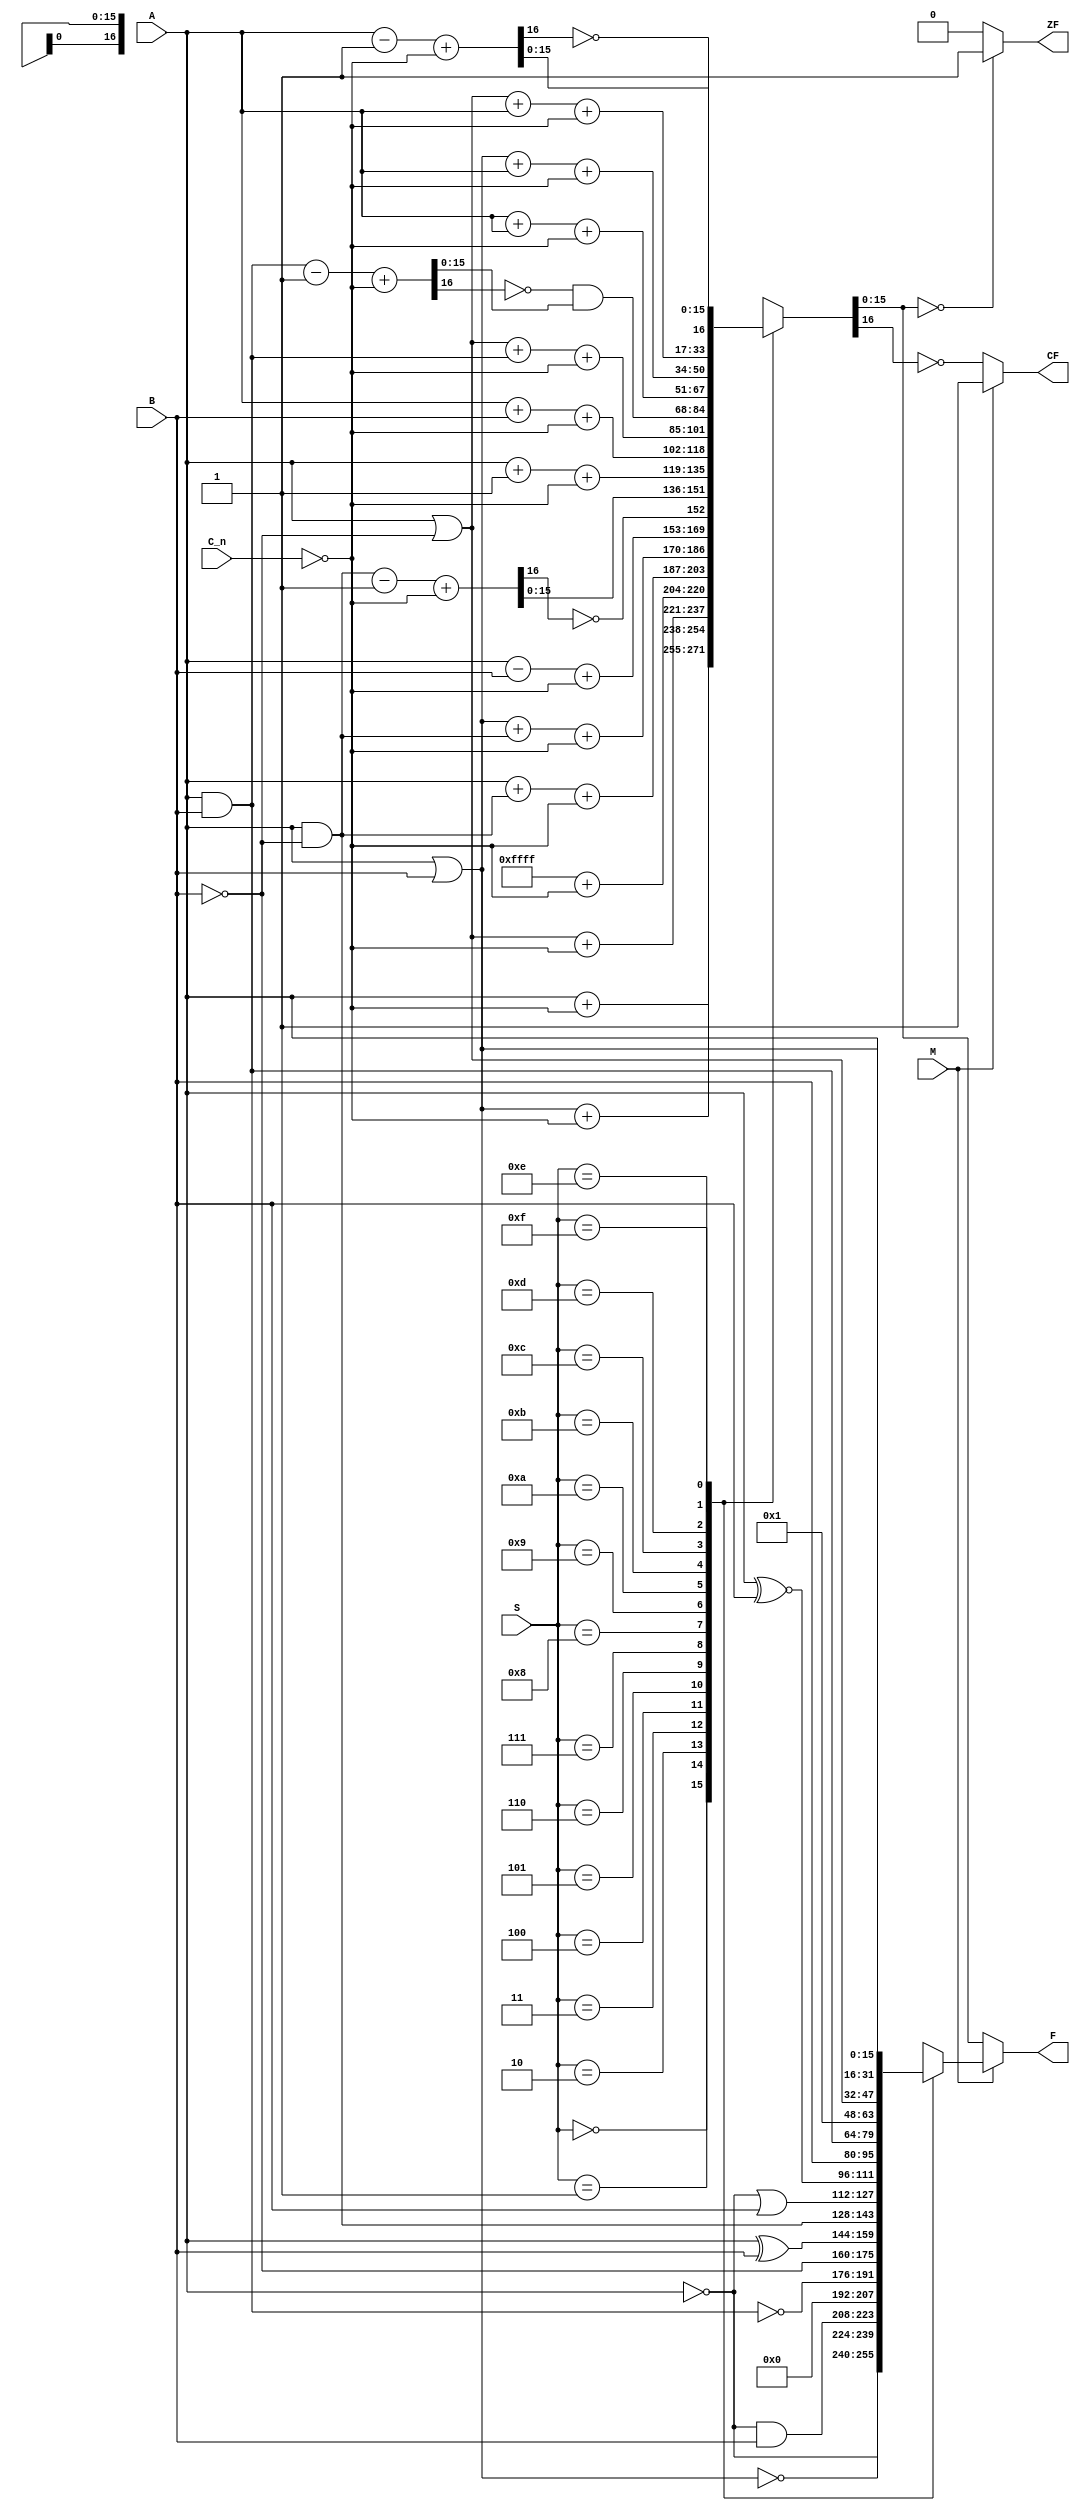
`timescale 1ns / 1ps
//////////////////////////////////////////////////////////////////////////////////
// Company: 
// Engineer: 
// 
// Design Name: 
// Module Name: alu_16bit
// Project Name: 
// Target Devices: 
// Tool Versions: 
// Description: 
// 
// Dependencies: 
// 
// Revision:
// Revision 0.01 - File Created
// Additional Comments:
// 
//////////////////////////////////////////////////////////////////////////////////


module alu_16bit(
    (*mark_debug = "true"*)input [15:0] A,
    (*mark_debug = "true"*)input [15:0] B,
    input [3:0] S,
    input M,
    input C_n,
    output [15:0] F,
    output ZF,
    output CF
    );
    
    (*mark_debug = "true"*)reg [15:0] data_o_logic;
    (*mark_debug = "true"*)reg [16:0] data_o_arith;
    reg [16:0] data_sub_tmp;
    reg [15:0] C_n_arith;
    
    assign F = (M == 1)?data_o_logic:data_o_arith[15:0];
    assign CF = (M == 0)?~data_o_arith[16]:1;
    assign ZF = (data_o_arith[15:0] == 16'b0000000000000000)?1:0;
    
    initial
    begin
    data_o_logic = 16'b0000000000000000;
    data_o_arith = 17'b00000000000000000;
    data_sub_tmp = 17'b00000000000000000;
    C_n_arith = 16'b0000000000000000;
    end
    
    
//    if(M == 1)assign F = data_o_logic;
//    else assign F = data_o_arith[15:0];
//    if(M == 0)assign CF = ~data_o_arith[16];
//    else assign CF = 1;
//    if(data_o_arith[15:0] == 16'b0000000000000000)assign ZF = 1;
//    else assign ZF = 0;
    always @(C_n)
    begin
        C_n_arith[15:1] = 15'b000000000000000;
        C_n_arith[0] = ~C_n;
    end
    
    always @ (A,B,S,M)
    begin
        case(S)
        4'b0000:data_o_logic = ~A;
        4'b0001:data_o_logic = ~(A|B);
        4'b0010:data_o_logic = (~A) & B;
        4'b0011:data_o_logic = {16{1'b0}};
        4'b0100:data_o_logic = ~(A&B);
        4'b0101:data_o_logic = ~B;
        4'b0110:data_o_logic = (A ^ B);
        4'b0111:data_o_logic = A & (~B);
        4'b1000:data_o_logic = (~A)|B;
        4'b1001:data_o_logic = (A ~^ B);
        4'b1010:data_o_logic = B;
        4'b1011:data_o_logic = A & B;
        4'b1100:data_o_logic = 16'b0000000000000001;
        4'b1101:data_o_logic = A | (~B);
        4'b1110:data_o_logic = A|B;
        4'b1111:data_o_logic = A;
        default:data_o_logic = {16{1'b0}};
        endcase
    end
    
    always @ (A,B,S,M,C_n_arith)
    begin
        case(S)
        4'b0000:data_o_arith = {1'b0, A} + C_n_arith;
        4'b0001:data_o_arith = {1'b0, (A|B)} + C_n_arith;
        4'b0010:data_o_arith = {1'b0, (A | ~B)} + C_n_arith;
        4'b0011:data_o_arith = 17'b01111111111111111+C_n_arith;
        4'b0100:data_o_arith = {1'b0, A}+{1'b0,(A&~B)}+C_n_arith;
        4'b0101:data_o_arith = {1'b0,(A|B)}+{1'b0,(A&~B)}+C_n_arith;
        4'b0110:
            begin
            data_sub_tmp = {1'b0,A} - {1'b0,B}+C_n_arith;
            data_o_arith = {data_sub_tmp[16],data_sub_tmp[15:0]};
            end
        4'b0111:
            begin
            data_sub_tmp = {1'b0, (A&~B)} - 1 + C_n_arith;
            data_o_arith = {~data_sub_tmp[16],data_sub_tmp[15:0]};
            end
        4'b1000:data_o_arith = {1'b0,A} + 1 + C_n_arith;
        4'b1001:data_o_arith = {1'b0, A}+{1'b0, B} + C_n_arith;
        4'b1010:data_o_arith = {1'b0, (A|~B)}+{1'b0, (A&B)} + C_n_arith;
        4'b1011:
            begin
            data_sub_tmp = {1'b0, (A&B)} - 1 + C_n_arith;
            data_o_arith = ~data_sub_tmp[16] & data_sub_tmp[15:0];
            end
        4'b1100:data_o_arith = {1'b0, A}+{1'b0, A} + C_n_arith;
        4'b1101:data_o_arith = {1'b0, (A|B)}+{1'b0, A} + C_n_arith;
        4'b1110:data_o_arith = {1'b0, (A|~B)} + {1'b0, A} + C_n_arith;
        4'b1111:
            begin
            data_sub_tmp = {1'b0, A} - 1 + C_n_arith;
            data_o_arith = {~data_sub_tmp[16],data_sub_tmp[15:0]}; 
            end
        default:data_o_arith = {16{1'b0}};
        endcase
    end
endmodule